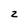
Character: 2